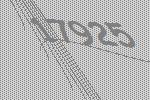
17925